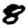
Digit: 8